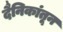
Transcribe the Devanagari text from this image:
दैनिकांतून